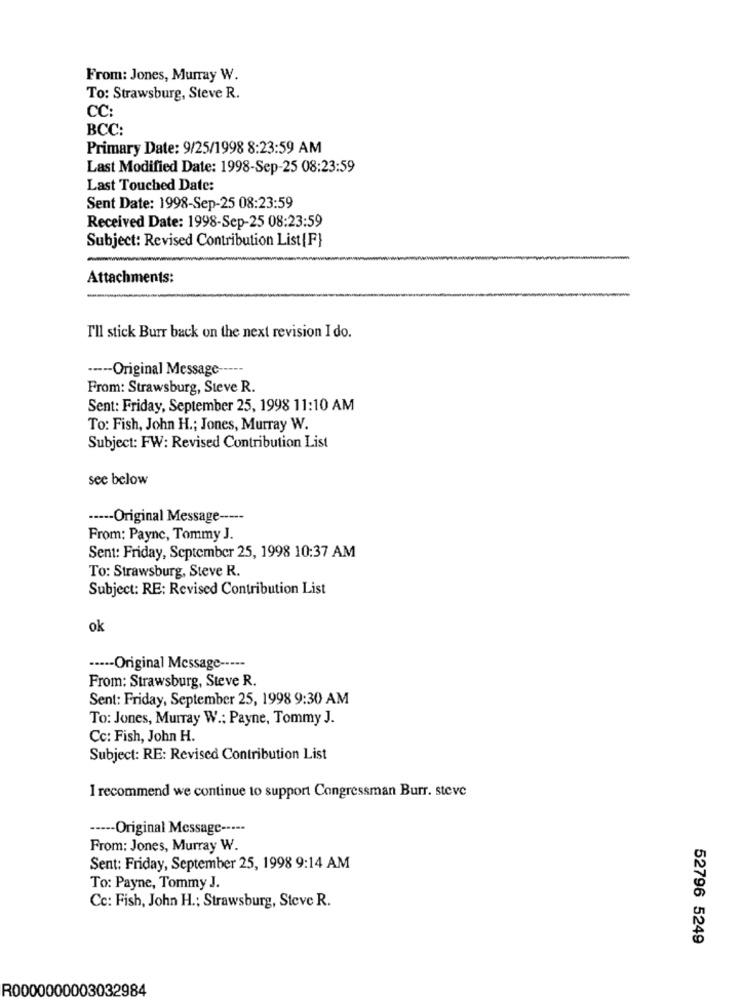
From: Jones, Murray W.
To: Strawsburg, Steve R.
CC:
BCC:
Primary Date: 9/25/1998 8:23:59 AM
Last Modified Date: 1998-Sep-25 08:23:59
Last Touched Date:
Sent Date: 1998-Sep-25 08:23:59
Received Date: 1998-Sep-25 08:23:59
Subject: Revised Contribution List [F}
Attachments:
I'll stick Burr back on the next revision I do.
----- Original Message -----
From: Strawsburg, Steve R.
Sent: Friday, September 25, 1998 11:10 AM
To: Fish, John H .; Jones, Murray W.
Subject: FW: Revised Contribution List
see below
···-- Original Message -----
From: Payne, Tommy J.
Sent: Friday, September 25, 1998 10:37 AM
To: Strawsburg, Steve R.
Subject: RE: Revised Contribution List
ok
····- Original Message -----
From: Strawsburg, Steve R.
Sent: Friday, September 25, 1998 9:30 AM
To: Jones, Murray W .: Payne, Tommy J.
Cc: Fish, John H.
Subject: RE: Revised Contribution List
I recommend we continue to support Congressman Burr. steve
----- Original Message -····
From: Jones, Murray W.
Sent: Friday, September 25, 1998 9:14 AM
To: Payne, Tommy J.
Cc: Fish, John H .; Strawsburg, Steve R.
52796 5249
R0000000003032984